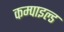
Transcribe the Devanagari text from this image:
कम्पाइल्ड